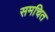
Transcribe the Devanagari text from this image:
समचित